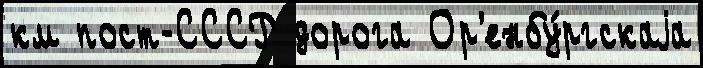
км пост-СССР дорога Ор'енбу́ргскаjа